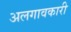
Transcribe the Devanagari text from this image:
अलगावकारी